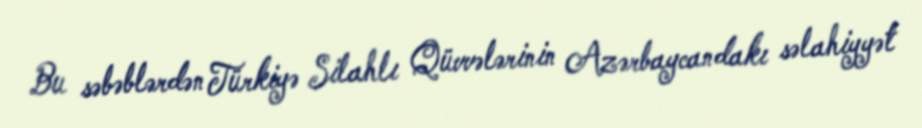
Bu səbəblərdən Türkiyə Silahlı Qüvvələrinin Azərbaycandakı səlahiyyət